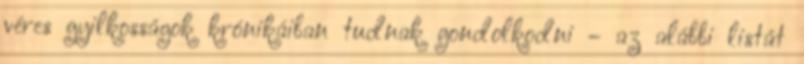
véres gyilkosságok krónikáiban tudnak gondolkodni – az alábbi listát